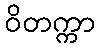
ဝိတက္ကာ